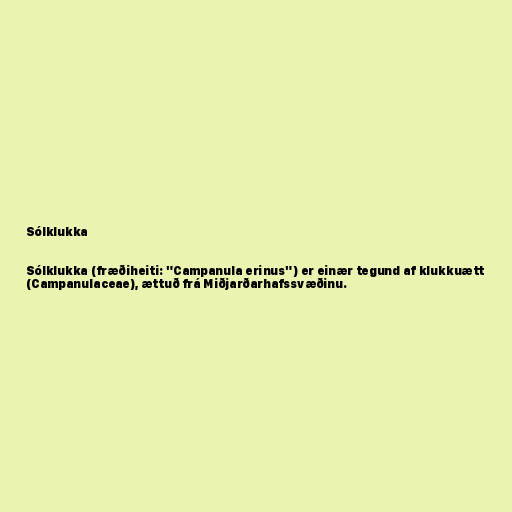
Sólklukka

Sólklukka (fræðiheiti: "Campanula erinus") er einær tegund af klukkuætt
(Campanulaceae), ættuð frá Miðjarðarhafssvæðinu.